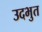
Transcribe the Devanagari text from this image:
उदभुत